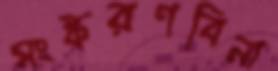
সংস্করণবিনা